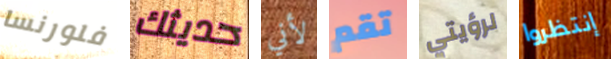
فلورنسا حديثك لأني تقم لرؤيتي إنتظروا